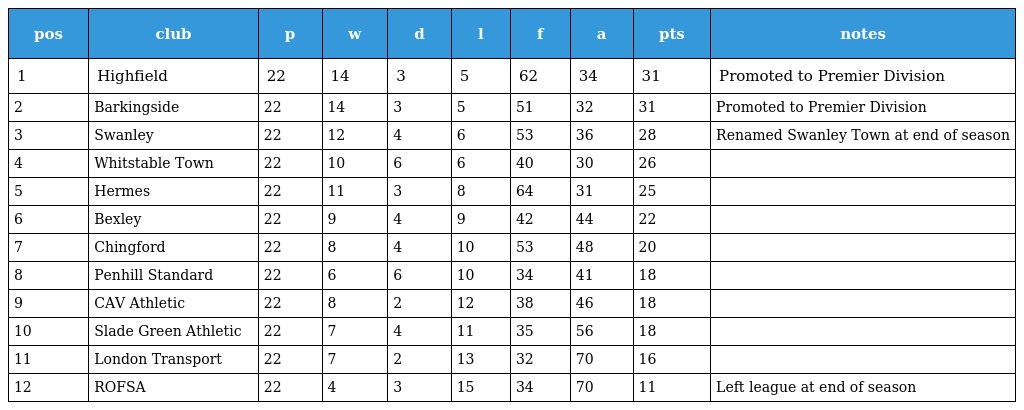
| pos | club | p | w | d | l | f | a | pts | notes |
 | --- | --- | --- | --- | --- | --- | --- | --- | --- | --- |
 | 1 | Highfield | 22 | 14 | 3 | 5 | 62 | 34 | 31 | Promoted to Premier Division |
 | 2 | Barkingside | 22 | 14 | 3 | 5 | 51 | 32 | 31 | Promoted to Premier Division |
 | 3 | Swanley | 22 | 12 | 4 | 6 | 53 | 36 | 28 | Renamed Swanley Town at end of season |
 | 4 | Whitstable Town | 22 | 10 | 6 | 6 | 40 | 30 | 26 |  |
 | 5 | Hermes | 22 | 11 | 3 | 8 | 64 | 31 | 25 |  |
 | 6 | Bexley | 22 | 9 | 4 | 9 | 42 | 44 | 22 |  |
 | 7 | Chingford | 22 | 8 | 4 | 10 | 53 | 48 | 20 |  |
 | 8 | Penhill Standard | 22 | 6 | 6 | 10 | 34 | 41 | 18 |  |
 | 9 | CAV Athletic | 22 | 8 | 2 | 12 | 38 | 46 | 18 |  |
 | 10 | Slade Green Athletic | 22 | 7 | 4 | 11 | 35 | 56 | 18 |  |
 | 11 | London Transport | 22 | 7 | 2 | 13 | 32 | 70 | 16 |  |
 | 12 | ROFSA | 22 | 4 | 3 | 15 | 34 | 70 | 11 | Left league at end of season |